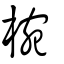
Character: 椀